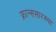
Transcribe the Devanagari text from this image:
फ्रान्ससारख्या